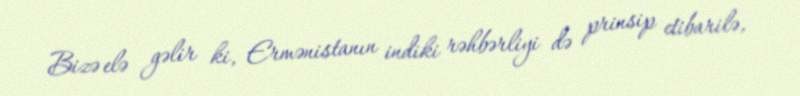
Bizə elə gəlir ki, Ermənistanın indiki rəhbərliyi də prinsip etibarilə,